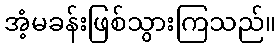
အံ့မခန်းဖြစ်သွားကြသည်။